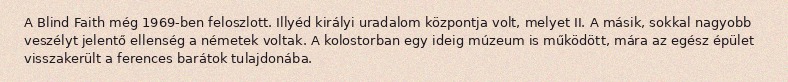
A Blind Faith még 1969-ben feloszlott. Illyéd királyi uradalom központja volt, melyet II. A másik, sokkal nagyobb veszélyt jelentő ellenség a németek voltak. A kolostorban egy ideig múzeum is működött, mára az egész épület visszakerült a ferences barátok tulajdonába.